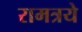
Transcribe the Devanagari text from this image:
रामत्रये